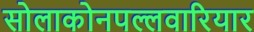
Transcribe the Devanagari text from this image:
सोलाकोनपल्लवारियार